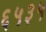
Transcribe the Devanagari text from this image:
६५३५